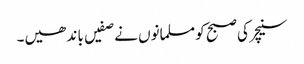
سنیچر کی صبح کو مسلمانوں نے صفیں با ند ھیں۔